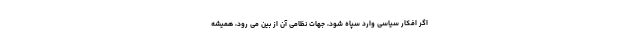
اگر افکار سیاسی وارد سپاه شود، جهات نظامی آن از بین می رود، همیشه